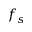
f _ { s }